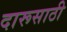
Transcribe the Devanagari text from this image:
दारूसाठी